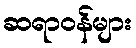
ဆရာဝန်များ